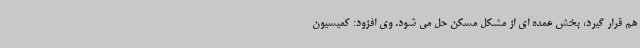
هم قرار گیرد، بخش عمده ای از مشکل مسکن حل می شود. وی افزود: کمیسیون